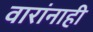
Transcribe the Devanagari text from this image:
वारांनाही